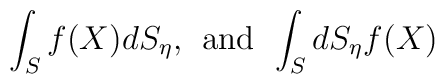
\int_{S} f(X) dS_{\eta},\;\,\mbox{and}\,\;\int_{S}  dS_{\eta} f(X)